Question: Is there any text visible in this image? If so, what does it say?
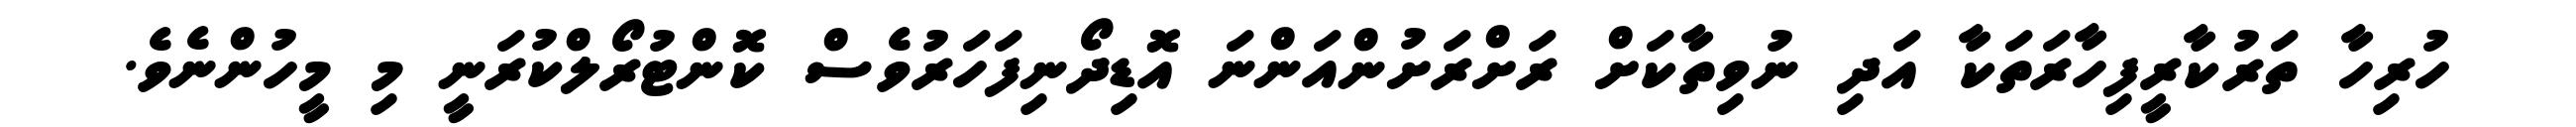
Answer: ހުރިހާ ތަރުކާރީފިހާރަތަކާ އަދި ނުވިތާކަށް ރަށްރަށުންއަންނަ އޮޑިދޯނިފަހަރުވެސް ކޮންޓުރޯލްކުރަނީ މި މީހުންނެވެ.